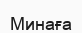
Минаға